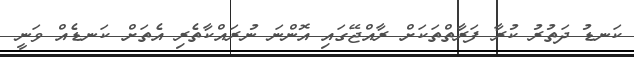
ކަނޑު ދަތުރު ކުރާ ފަރާތްތަކަށް ރާއްޖޭގައި އޮންނަ ނުރައްކާތެރި އެތަށް ކަނޑެއް ވަނީ